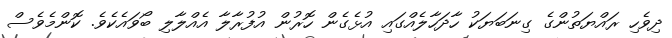
ދިވެހި ރައްޔަތުންގެ ގިނަބަޔަކު ހާދަހާލެއްގައި އުޅެގެން ހޮރުން އުފުރާލާ އެއްލާލި ބޯވައެކެވެ. ކޮންމެވެސް